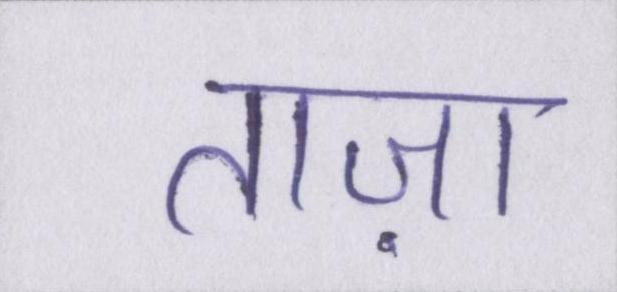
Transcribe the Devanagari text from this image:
ताज़ा